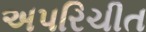
અપરિચીત